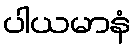
ပါယမာနံ